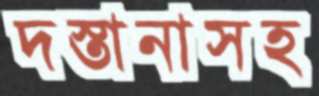
দস্তানাসহ